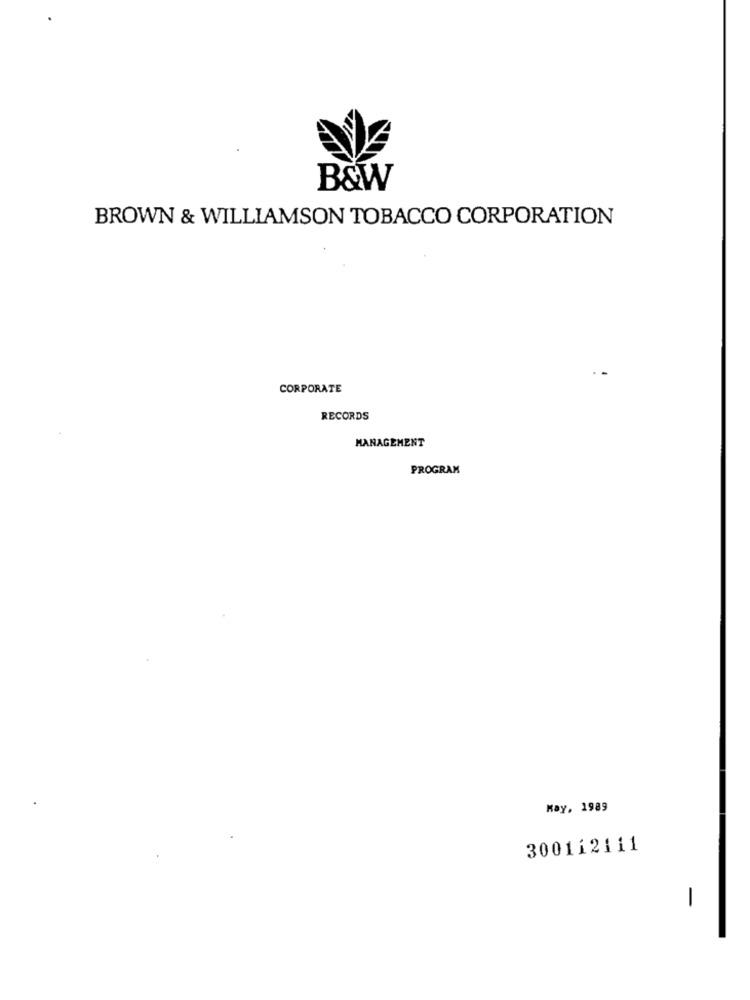
B&W
BROWN & WILLIAMSON TOBACCO CORPORATION
CORPORATE
RECORDS
MANAGEMENT
PROGRAM
May, 1989
300112111
-